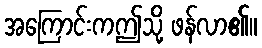
အကြောင်းကဤသို့ ဖန်လာ၏။